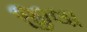
જીલા